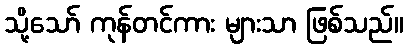
သို့သော် ကုန်တင်ကား များသာ ဖြစ်သည်။